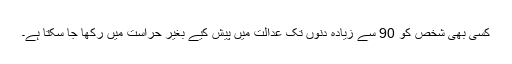
کسی بھی شخص کو 90 سے زیادہ دنوں تک عدالت میں پیش کیے بغیر حراست میں رکھا جا سکتا ہے۔